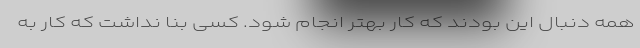
همه دنبال این بودند که کار بهتر انجام شود. کسی بنا نداشت که کار به